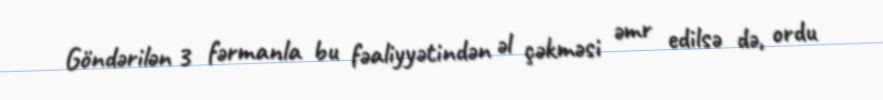
Göndərilən 3 fərmanla bu fəaliyyətindən əl çəkməsi əmr edilsə də, ordu